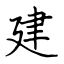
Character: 建